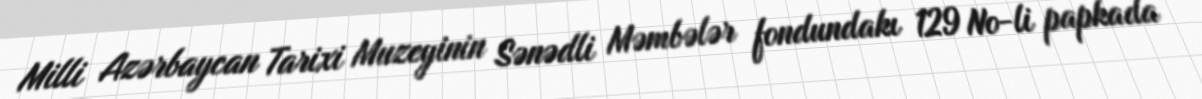
Milli Azərbaycan Tarixi Muzeyinin Sənədli Məmbələr fondundakı 129 №-li papkada